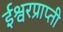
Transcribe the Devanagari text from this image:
ईश्वरप्राप्‍ती